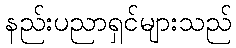
နည်းပညာရှင်များသည်